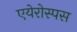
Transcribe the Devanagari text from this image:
एयेरोस्पस